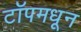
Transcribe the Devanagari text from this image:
टॉपमधून